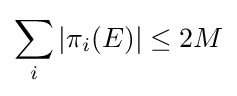
\sum _{i}|\pi _{i}(E)|\leq 2M